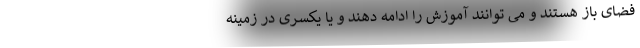
فضای باز هستند و می توانند آموزش را ادامه دهند و یا یکسری در زمینه